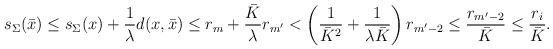
\begin{align*} s_\Sigma(\bar x) &\le s_\Sigma (x) + \frac{1}{\lambda} d(x,\bar x) \le r_m + \frac{\bar K}\lambda r_{m'} < \left(\frac 1{\bar K^2} + \frac 1{\lambda\bar K}\right) r_{m'-2}\le \frac{r_{m'-2}}{\bar K} \le \frac{r_i}{\bar K}.\end{align*}